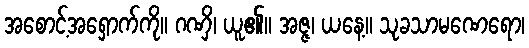
အစောင့်အရှောက်ကို။ ဂဏှိ၊ ယူ၏။ အဇ္ဇ၊ ယနေ့။ သုခသာမဏေရော၊